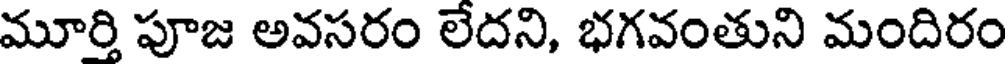
మూర్తి పూజ అవసరం లేదని, భగవంతుని మందిరం